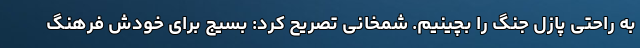
به راحتی پازل جنگ را بچینیم. شمخانی تصریح کرد: بسیج برای خودش فرهنگ